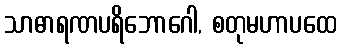
သာဓာရဏပရိဘောဂေါ, စတုမဟာပထေ